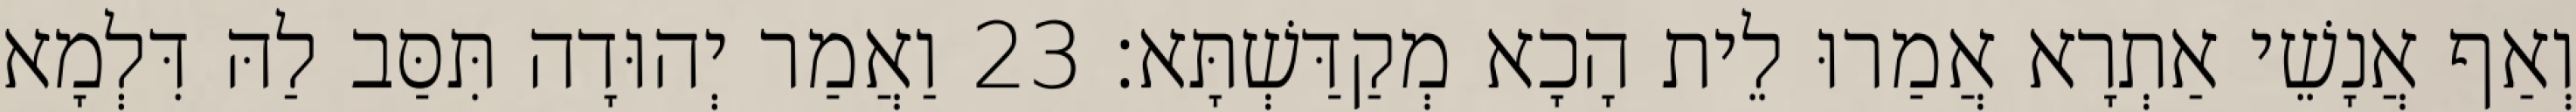
וְאַף אֲנָשֵׁי אַתְרָא אֲמַרוּ לֵית הָכָא מְקַדַּשְׁתָּא׃ 23 וַאֲמַר יְהוּדָה תִּסַּב לַהּ דִּלְמָא